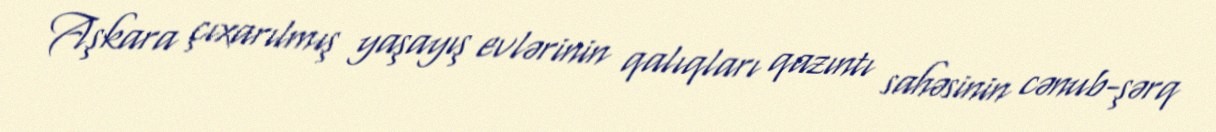
Aşkara çıxarılmış yaşayış evlərinin qalıqları qazıntı sahəsinin cənub-şərq